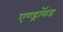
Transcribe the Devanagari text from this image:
एण्ड्रॉयड